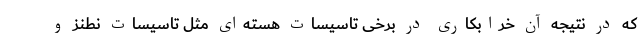
که در نتیجه آن خرابکاری در برخی تاسیسات هسته‌ای مثل تاسیسات نطنز و